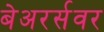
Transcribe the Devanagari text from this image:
बेअरर्सवर